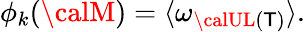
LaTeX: \phi_{k}({\calM})=\langle\omega_{{\calUL}(\mathsf{T})}\rangle\mathrm{{.}}